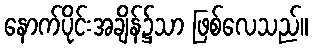
နောက်ပိုင်းအချိန်၌သာ ဖြစ်လေသည်။